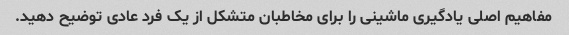
مفاهیم اصلی یادگیری ماشینی را برای مخاطبان متشکل از یک فرد عادی توضیح دهید.